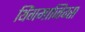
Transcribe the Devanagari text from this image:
थिंगमाजिग्स